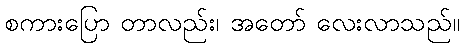
စကားပြော တာလည်း၊ အတော် လေးလာသည်။